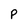
Character: P